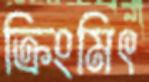
ক্রিংমিৎ